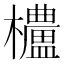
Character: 𬅒